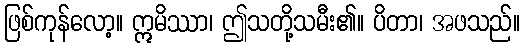
ဖြစ်ကုန်လော့။ ဣမိဿာ၊ ဤသတို့သမီး၏။ ပိတာ၊ အဖသည်။